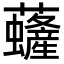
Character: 虄